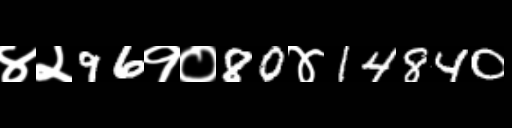
Text: ४२96१०80४14840